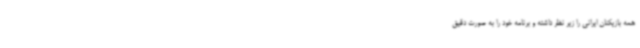
همه بازیکنان ایرانی را زیر نظر داشته و برنامه خود را به صورت دقیق